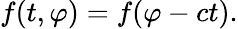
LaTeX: f(t,\varphi)=f(\varphi-ct).